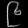
Digit: ၉